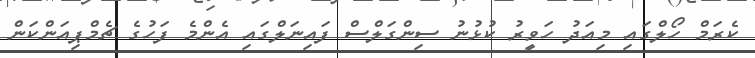
ކެރަމް ހޯލްގައި މިއަދު ހަވީރު ކުޅުނު ސިންގަލްސް ފައިނަލްގައި އެންމެ ފަހުގެ ޗެމްޕިއަންކަން